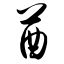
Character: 酋